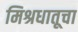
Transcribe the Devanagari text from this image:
मिश्रधातूचा